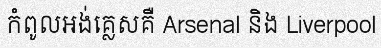
កំពូលអង់គ្លេសគឺ Arsenal និង Liverpool